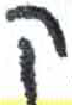
אות: ק